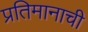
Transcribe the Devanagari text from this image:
प्रतिमानाची